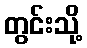
တွင်းသို့